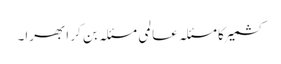
کشمیر کا مسئلہ عالمی مسئلہ بن کر ابھرا۔